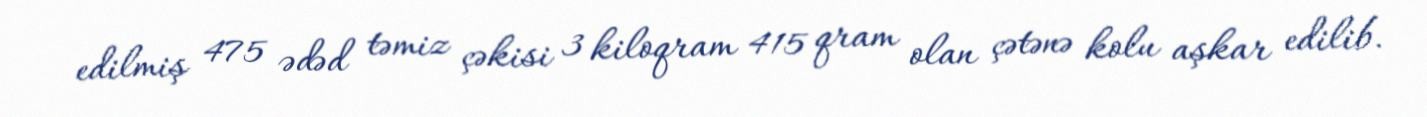
edilmiş 475 ədəd təmiz çəkisi 3 kiloqram 415 qram olan çətənə kolu aşkar edilib.